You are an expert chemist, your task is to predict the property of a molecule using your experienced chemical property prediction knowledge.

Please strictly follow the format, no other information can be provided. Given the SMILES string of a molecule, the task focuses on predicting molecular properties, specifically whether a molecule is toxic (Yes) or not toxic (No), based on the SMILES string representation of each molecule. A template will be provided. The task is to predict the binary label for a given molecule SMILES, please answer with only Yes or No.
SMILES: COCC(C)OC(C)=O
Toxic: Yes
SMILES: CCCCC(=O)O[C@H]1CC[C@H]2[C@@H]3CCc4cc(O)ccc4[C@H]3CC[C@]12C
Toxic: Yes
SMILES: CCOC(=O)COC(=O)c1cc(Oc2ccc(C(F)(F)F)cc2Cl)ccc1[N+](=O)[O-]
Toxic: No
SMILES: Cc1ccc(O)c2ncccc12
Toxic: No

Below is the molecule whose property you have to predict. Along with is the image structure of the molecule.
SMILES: CN(C(=O)Cc1cccc2occc12)[C@H]1CC[C@@]2(CCCO2)C[C@@H]1N1CCCC1
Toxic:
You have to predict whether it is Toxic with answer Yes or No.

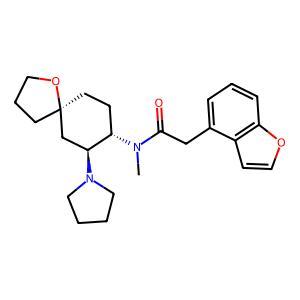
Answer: No